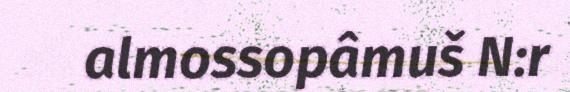
almossopâmuš N:r